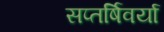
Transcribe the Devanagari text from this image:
सप्तर्षिवर्या